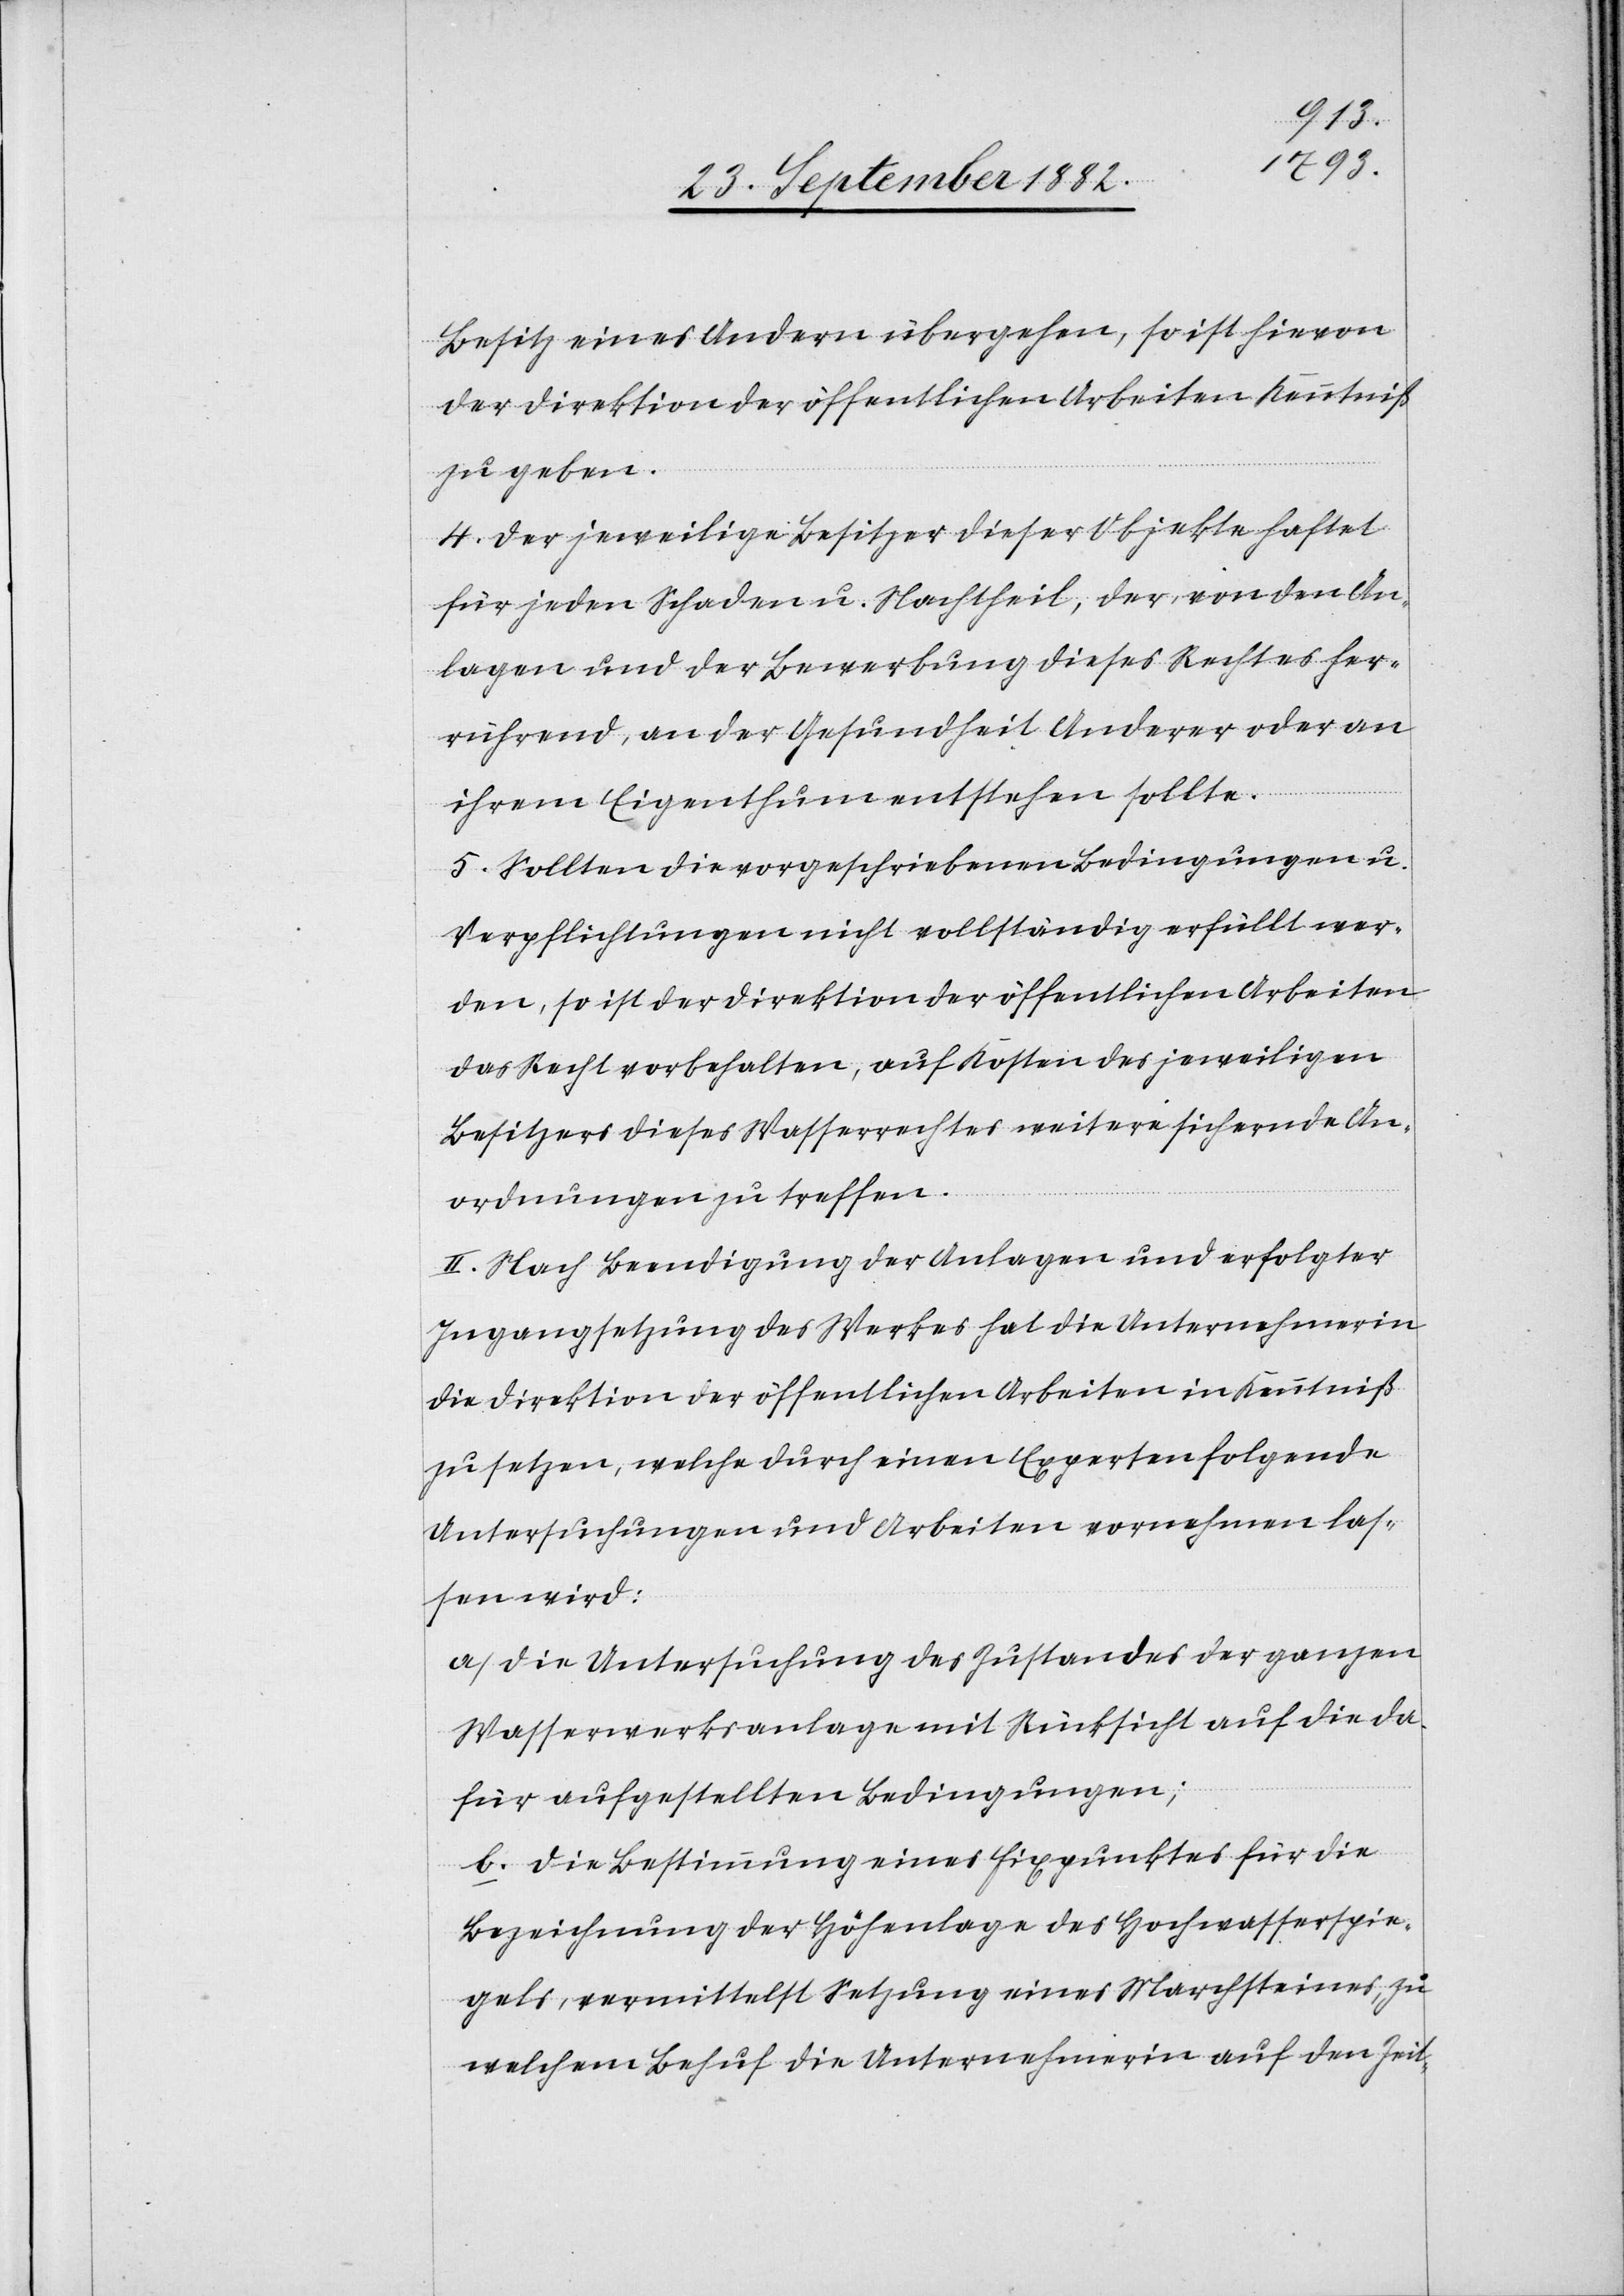
Besitz eines Andern übergehen, so ist hievon
der Direktion der öffentlichen Arbeiten Kenntniß
zu geben.
4. Der jeweilige Besitzer dieser Objekte haftet
für jeden Schaden u. Nachtheil, der, von den An¬
langen und der Bewerbung dieses Rechtes her¬
rührend, an der Gesundheit Anderer oder an
ihrem Eigenthum entstehen sollte.
5. Sollten die vorgeschriebenen Bedingungen u.
Verpflichtungen nicht vollständig erfüllt wer¬
den, so ist der Direktion der öffentlichen Arbeiten
das Recht vorbehalten, auf Kosten des jeweiligen
Besitzers dieses Wasserechtes weitere sichernde An¬
ordnungen zu treffen.
II. Nach Beendigung der Anlagen und erfolgter
Ingangsetzung des Werkes hat die Unternehmerin
die Direktion der öffentlichen Arbeiten in Kenntniß
zu setzen, welche durch einen Experten folgende
Untersuchungen und Arbeiten vornehmen las¬
sen wird:
a) Die Untersuchung des Zustandes der ganzen
Wasserwerksanlage mit Rücksicht auf die da¬
für aufgestellten Bedingungen;
b) Die Bestimmung eines Fixpunktes für die
Bezeichnung des Höhenlage des Hochwasserspie¬
gels, vermittelst Setzung eines Marchsteines, zu
welchem Behuf die Unternehmerin auf den Zeit-